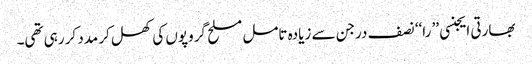
بھارتی ایجنسی ’’ را‘‘ نصف درجن سے زیادہ تامل مسلح گروپوں کی کھل کر مدد کر رہی تھی۔